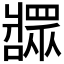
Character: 𬌎